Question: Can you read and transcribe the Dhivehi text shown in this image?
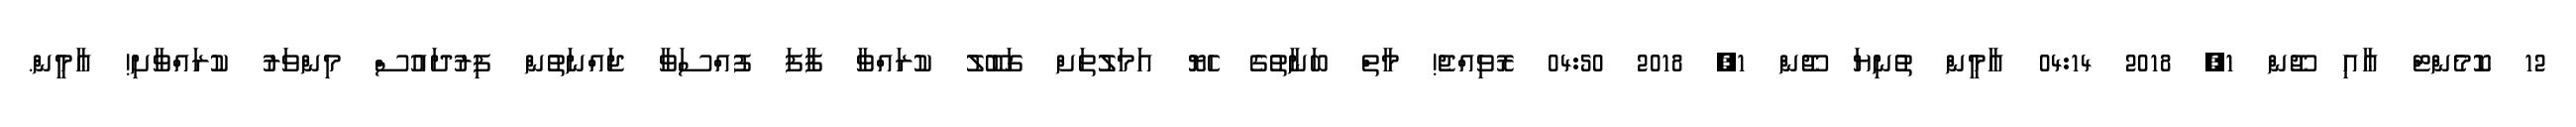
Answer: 12 ކޮމެންޓް ޢާއި ޖޫން 1, 2018 04:14 އާމީން ތުނިޔަ ޖޫން 1, 2018 04:50 ރޮވިއްޖެ! މާތް ބަނާތުގެ ހެޔޮ އަމަލުތަށް ގަބޫލު ކުރައްވާ ފާފަ ފުއްސަވާ ޖައްނަތުން ފިރުދައުސް މިންވަރު ކުރައްވާށި! ޢާމީން.